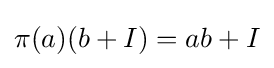
\pi (a)(b+I)=ab+I